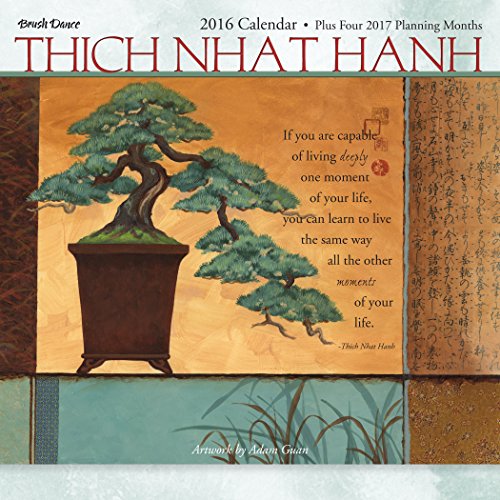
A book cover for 2016 Thich Nhat Hanh Mini Calendar; Brush Dance and Thich Nhat Hanh; Calendars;